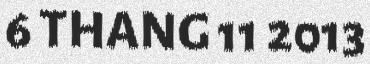
6 THANG 11 2013